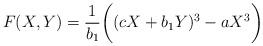
LaTeX: \begin{align*} F(X,Y) = \frac{1}{b_1}\bigg( (cX+b_1 Y)^3-aX^3 \bigg) \end{align*}